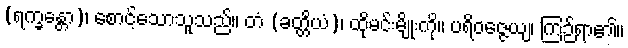
(ရက္ခန္တော)၊ စောင့်သောသူသည်။ တံ (ခတ္တိယံ)၊ ထိုမင်းမျိုးကို။ ပရိဝဇ္ဇေယျ၊ ကြဉ်ရာ၏။